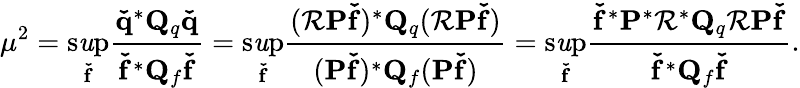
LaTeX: \mu^{2}=\operatorname*{s\mathit{u}p}_{\mathbf{{\check{{f}}}}}\frac{{\mathbf{{\check{{q}}}}^{*}{\mathbf{{Q}}_{q}}\mathbf{{\check{{q}}}}}}{{\mathbf{{\check{{f}}}}^{*}\mathbf{{Q}}_{f}\mathbf{{\check{{f}}}}}}=\operatorname*{s\mathit{u}p}_{\mathbf{{\check{{f}}}}}\frac{{(\mathbf{{\mathcal{{R}}P\check{{f}}}})^{*}{\mathbf{{Q}}_{q}}(\mathbf{{\mathcal{{R}}P\check{{f}}}})}}{{(\mathbf{{P\check{{f}}}})^{*}\mathbf{{Q}}_{f}(\mathbf{{P\check{{f}}}})}}=\operatorname*{s\mathit{u}p}_{\mathbf{{\check{{f}}}}}\frac{{\mathbf{{\check{{f}}}}^{*}\mathbf{{P}}^{*}\mathbf{{\mathcal{{R}}}}^{*}{\mathbf{{Q}}_{q}}\mathbf{{\mathcal{{R}}P\check{{f}}}}}}{{\mathbf{{\check{{f}}}}^{*}{\mathbf{{Q}}_{f}}\mathbf{{\check{{f}}}}}}.